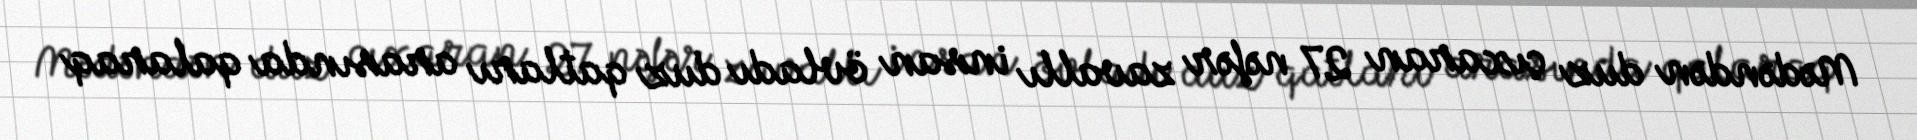
Mədəndən duz çıxaran 27 nəfər zavallı insan övladı duz qatları arasında qalaraq